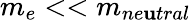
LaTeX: m_{e}<<m_{ne\mathbf{u}tral}